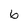
Character: 6